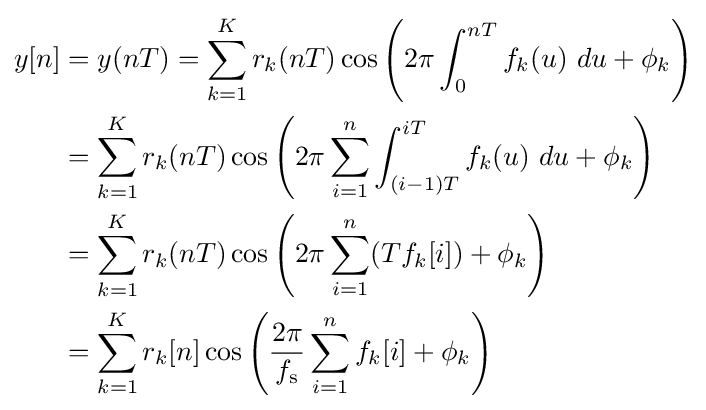
{\begin{aligned}y[n]&=y(nT)=\sum _{k=1}^{K}r_{k}(nT)\cos \left(2\pi \int _{0}^{nT}f_{k}(u)\ du+\phi _{k}\right)\\&=\sum _{k=1}^{K}r_{k}(nT)\cos \left(2\pi \sum _{i=1}^{n}\int _{(i-1)T}^{iT}f_{k}(u)\ du+\phi _{k}\right)\\&=\sum _{k=1}^{K}r_{k}(nT)\cos \left(2\pi \sum _{i=1}^{n}(Tf_{k}[i])+\phi _{k}\right)\\&=\sum _{k=1}^{K}r_{k}[n]\cos \left({\frac {2\pi }{f_{\mathrm {s} }}}\sum _{i=1}^{n}f_{k}[i]+\phi _{k}\right)\\\end{aligned}}